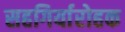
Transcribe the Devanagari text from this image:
सहगिर्यारोहक